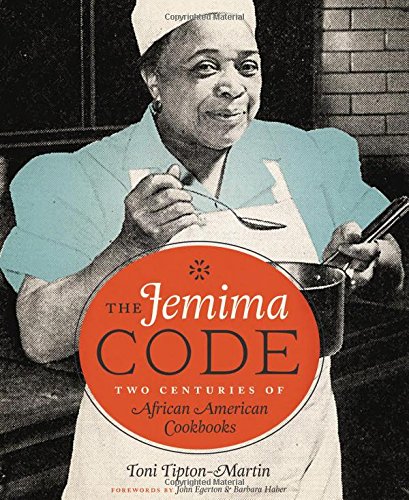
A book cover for The Jemima Code: Two Centuries of African American Cookbooks; Toni Tipton-Martin; Cookbooks, Food & Wine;